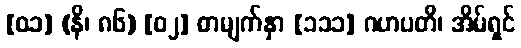
[၀၁] (နိ၊ ၈၆) [၀၂] စာမျက်နှာ [၁၁၁] ဂဟပတိ၊ အိမ်ရှင်